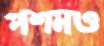
পশমও